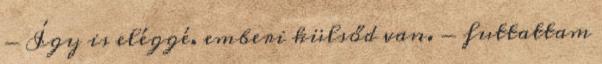
- Így is eléggé. emberi külsőd van. - futtattam